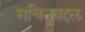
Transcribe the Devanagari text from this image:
सचिनबद्दल